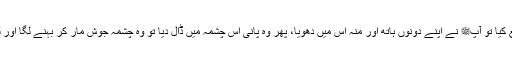
پھر لوگوں نے چلوؤں سے تھوڑا تھوڑا پانی ایک برتن میں جمع کیا تو آپﷺ نے اپنے دونوں ہاتھ اور منہ اس میں دھویا، پھر وہ پانی اس چشمہ میں ڈال دیا تو وہ چشمہ جوش مار کر بہنے لگا اور لوگوں نے (اپنے جانوروں اور آدمیوں کو) پانی پلانا شروع کیا۔